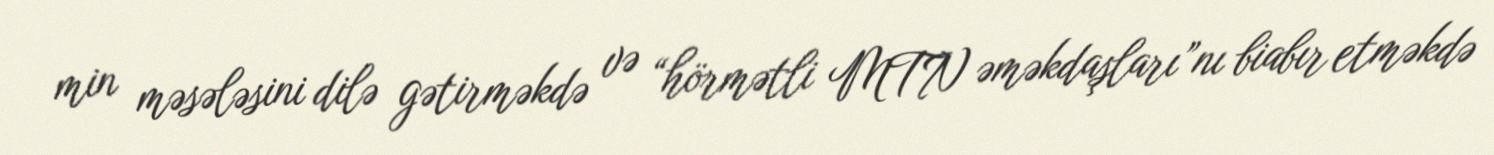
min məsələsini dilə gətirməkdə və “hörmətli MTN əməkdaşları”nı biabır etməkdə